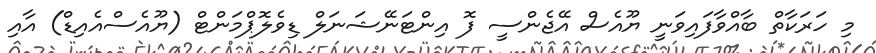
މި ހަރަކާތް ބާއްވާފައިވަނީ ޔޫއެސް އޭޖެންސީ ފޮ އިންޓަނޭޝަނަލް ޑިވެލޮޕްމަންޓް (ޔޫއެސްއެއިޑް) އާއި